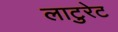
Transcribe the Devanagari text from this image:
लाटुरेट